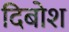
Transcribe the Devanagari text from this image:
दिबोश